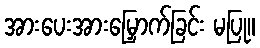
အားပေးအားမြှောက်ခြင်း မပြု။